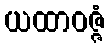
ယထာဝဇ္ဇံ